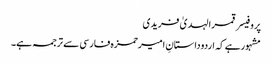
پروفیسر قمرالہدیٰ فریدی
مشہورہے کہ اردوداستانِ امیرحمزہ فارسی سے ترجمہ ہے۔